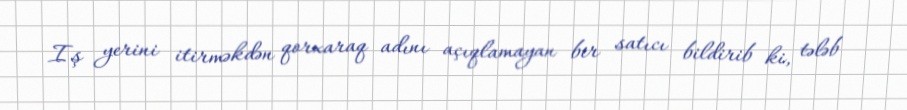
Iş yerini itirməkdən qorxaraq adını açıqlamayan bir satıcı bildirib ki, tələb